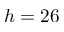
h = 2 6